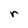
Character: r